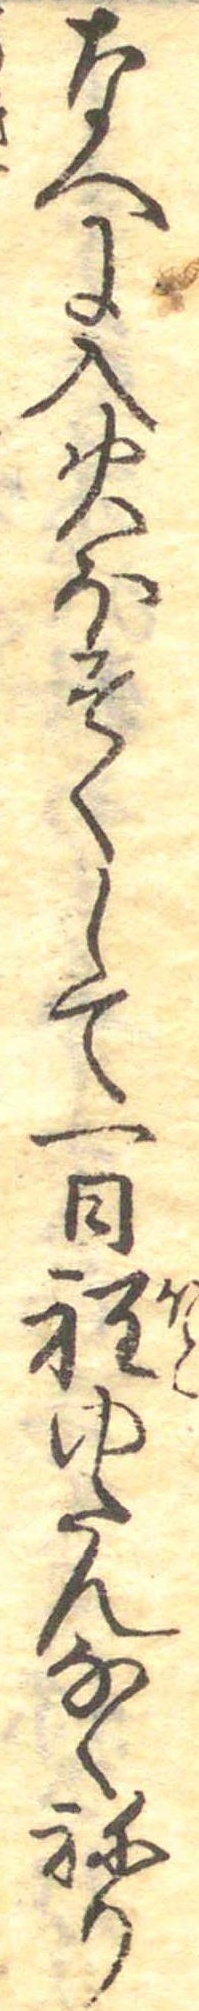
なへに入火ほそくして一日程ゆたんなくねり